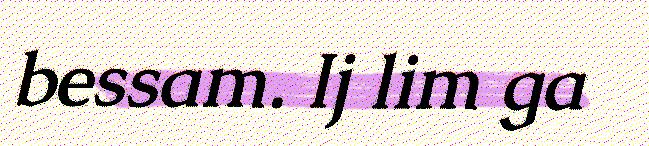
bessam. Ij lim ga